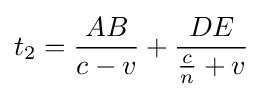
t_{2}={\frac {AB}{c-v}}+{\frac {DE}{{\frac {c}{n}}+v}}\